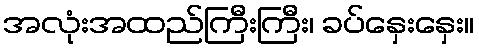
အလုံးအထည်ကြီးကြီး၊ ခပ်နှေးနှေး။